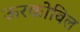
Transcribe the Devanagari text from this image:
ऊरकोबिल